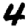
Digit: 4